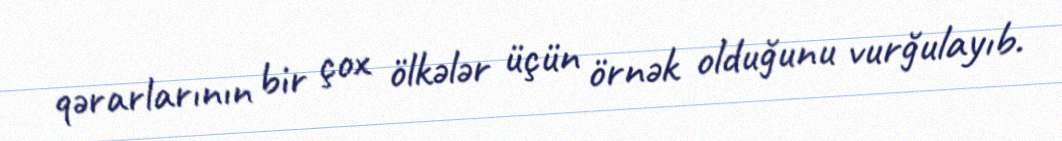
qərarlarının bir çox ölkələr üçün örnək olduğunu vurğulayıb.